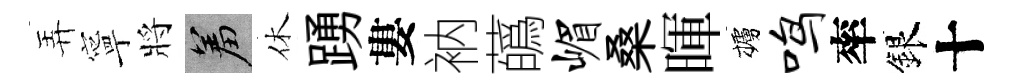
弄寧將羞休踴婁衲蘤嵋桑暉櫨鸣率銀十